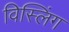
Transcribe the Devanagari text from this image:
विस्लिंग